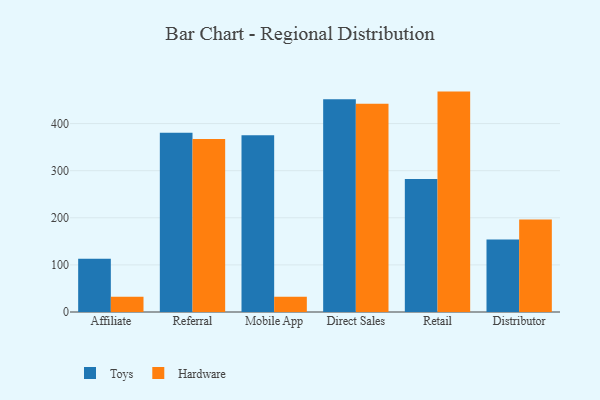
{"axis": {"x": "Channel", "y": "Conversion Rate (%)"}, "legend": ["Hardware", "Toys"], "data": [{"x": "Affiliate", "y": 113.0, "type": "Toys"}, {"x": "Affiliate", "y": 32.5, "type": "Hardware"}, {"x": "Referral", "y": 380.7, "type": "Toys"}, {"x": "Referral", "y": 367.5, "type": "Hardware"}, {"x": "Mobile App", "y": 375.3, "type": "Toys"}, {"x": "Mobile App", "y": 32.4, "type": "Hardware"}, {"x": "Direct Sales", "y": 451.6, "type": "Toys"}, {"x": "Direct Sales", "y": 442.1, "type": "Hardware"}, {"x": "Retail", "y": 282.1, "type": "Toys"}, {"x": "Retail", "y": 467.9, "type": "Hardware"}, {"x": "Distributor", "y": 154.1, "type": "Toys"}, {"x": "Distributor", "y": 196.2, "type": "Hardware"}]}